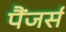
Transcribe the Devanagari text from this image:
पैंजर्स